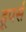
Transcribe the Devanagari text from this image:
हूपर्स